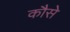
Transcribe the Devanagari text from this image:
कौसे